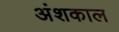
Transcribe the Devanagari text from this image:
अंशकाल